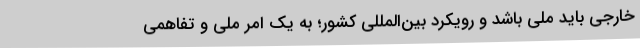
خارجی باید ملی باشد و رویکرد بین‌المللی کشور؛ به یک امر ملی و تفاهمی